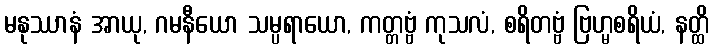
မနုဿာနံ အာယု, ဂမနီယော သမ္ပရာယော, ကတ္တဗ္ဗံ ကုသလံ, စရိတဗ္ဗံ ဗြဟ္မစရိယံ, နတ္ထိ